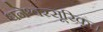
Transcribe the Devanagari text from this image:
धनेश्वरसूरिकृत